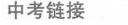
中考链接